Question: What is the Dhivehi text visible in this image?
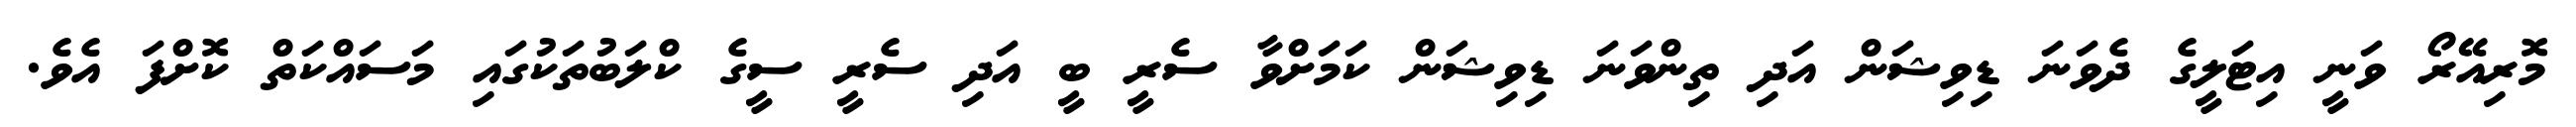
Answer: މޮރިއޭރޯ ވަނީ އިޓަލީގެ ދެވަނަ ޑިވިޝަން އަދި ތިންވަނަ ޑިވިޝަން ކަމަށްވާ ސެރީ ބީ އަދި ސެރީ ސީގެ ކްލަބުތަކުގައި މަސައްކަތް ކޮށްފަ އެވެ.